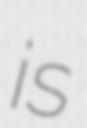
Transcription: is